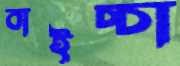
বাইচ্চা